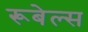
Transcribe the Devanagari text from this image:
रूबेल्स